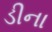
ડીના